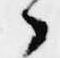
了